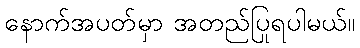
နောက်အပတ်မှာ အတည်ပြုရပါမယ်။